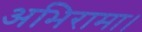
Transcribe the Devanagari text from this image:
अभिरामा।